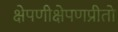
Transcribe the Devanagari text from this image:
क्षेपणीक्षेपणप्रीतो